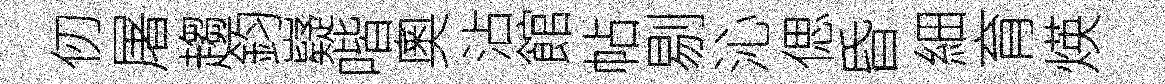
仞屠趨鈞嶷喈奧沾館帖剔沁偲昏細育煐